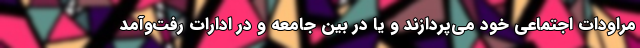
مراودات اجتماعی خود می‌پردازند و یا در بین جامعه و در ادارات رفت‌وآمد